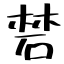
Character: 𥓙